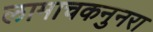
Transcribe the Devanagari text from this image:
लामाचकनुनरा